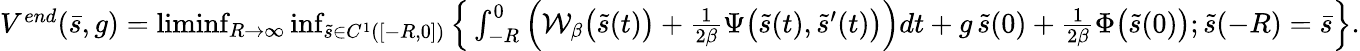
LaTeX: \begin{array}{r}{V^{end}(\bar{s},g)=\operatorname*{liminf}_{R\rightarrow\infty}\operatorname*{inf}_{\tilde{s}\in C^{1}([-R,0])}\Big\{ \int_{-R}^{0}\Big(\mathcal{W}_{\beta}\big(\tilde{s}(t)\big)+\frac{1}{2\beta}\Psi\big(\tilde{s}(t),\tilde{s}^{\prime}(t)\big)\Big)dt+g\, \tilde{s}(0)+\frac{1}{2\beta}\Phi\big(\tilde{s}(0)\big);\tilde{s}(-R)=\bar{s}\Big\} .}\end{array}